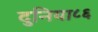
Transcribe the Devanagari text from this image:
दुनिया८६